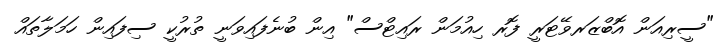
"ސީރިއަން އޮބްޒަރވޭޓަރީ ފޮރ ހިއުމަން ރައިޓްސް" އިން ބުނެފައިވަނީ ތުރުކީ ސިފައިން ހަމަލާތައް